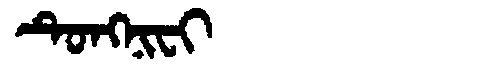
Manchu: ᡨᡠᠩᠨᡳᠸᡳ
Romanization: TUNGNIFI